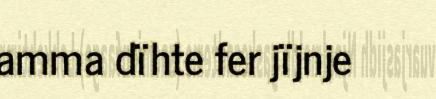
amma dïhte fer jïjnje